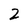
Character: 2